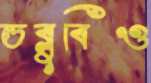
ডব্লুবিও